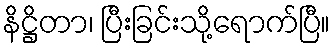
နိဋ္ဌိတာ၊ ပြီးခြင်းသို့ရောက်ပြီ။